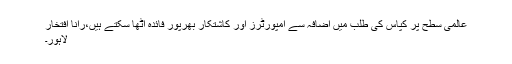
عالمی سطح پر کپاس کی طلب میں اضافہ سے امپورٹرز اور کاشتکار بھرپور فائدہ اٹھا سکتے ہیں،رانا افتخار
لاہور۔